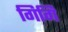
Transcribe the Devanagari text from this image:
गिगि